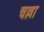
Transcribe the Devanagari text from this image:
चल्ला